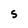
Character: S